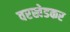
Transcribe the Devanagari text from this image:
वरखेडकर